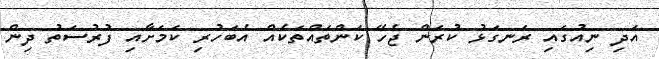
އަދި ނިއުގައި ރަނގަޅު ކުރަން ޖެހޭ ކަންތައްތަކެއް އެބަހުރި ކަމަށާއި ފުރުސަތު ދިން